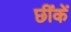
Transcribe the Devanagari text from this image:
छींकें